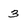
Character: 3